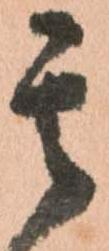
其